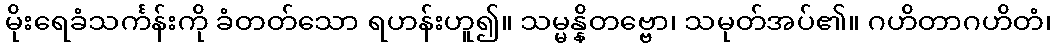
မိုးရေခံသင်္ကန်းကို ခံတတ်သော ရဟန်းဟူ၍။ သမ္မန္နိတဗ္ဗော၊ သမုတ်အပ်၏။ ဂဟိတာဂဟိတံ၊